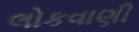
લોકવાણી